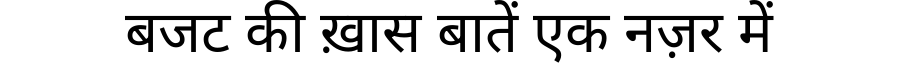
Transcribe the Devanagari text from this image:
बजट की ख़ास बातें एक नज़र में